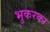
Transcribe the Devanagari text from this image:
भुकरका